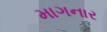
માગનાર